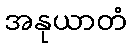
အနုယာတံ